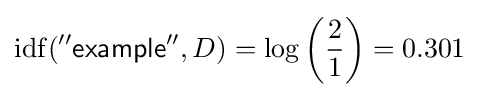
\mathrm {idf} ({\mathsf {''example''}},D)=\log \left({\frac {2}{1}}\right)=0.301